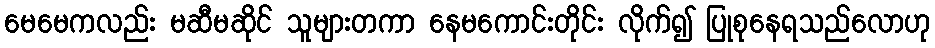
မေမေကလည်း မဆီမဆိုင် သူများတကာ နေမကောင်းတိုင်း လိုက်၍ ပြုစုနေရသည်လောဟု